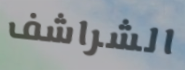
الشراشف